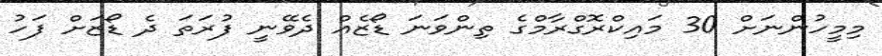
މިމީހުންނަށް 30 މައިކްރޮގްރާމްގެ ތިންވަނަ ޑޯޒެއް ދެވޭނީ ފުރަތަ ދެ ޑޯޒަށް ފަހު